Civil Veterinary Dept. Bombay admin report 1932-41 - 1932-1941
Year: 1932
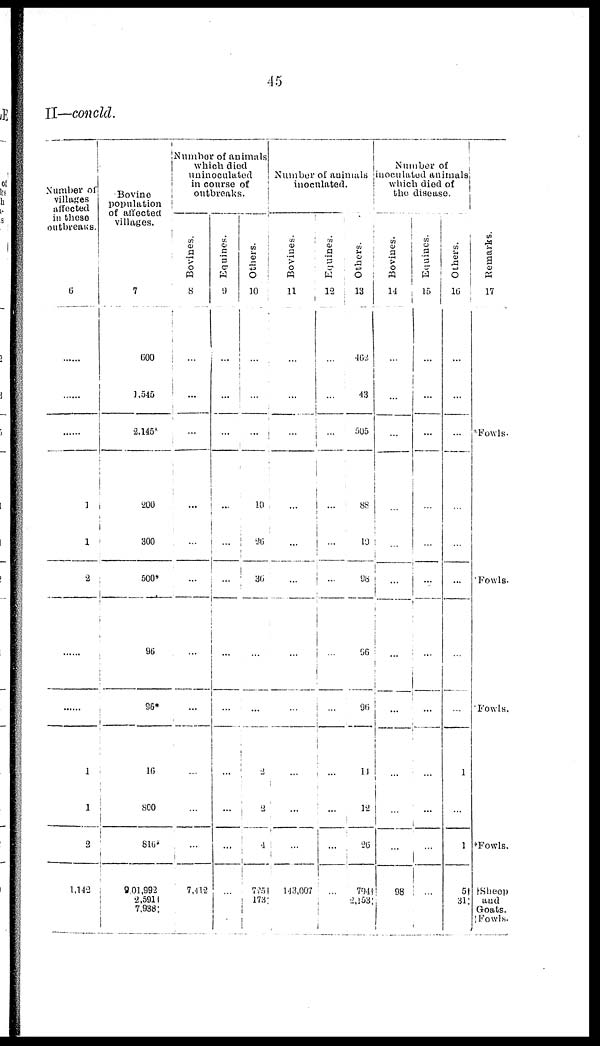
45
II—concld.
Number of
villages
affected
in these
outbreaks.
6
......
......
......
1
1
2
......
......
1
1
2
1,142
Bovine
population
of affected
villages.
7
600
1,545
2,145*
200
300
500*
96
96*
16
800
816*
9,01,992
2,591†
7,938‡
Number of animals
which died
uninoculated
in course of
outbreaks.
Bovines.
8
...
...
...
...
...
...
...
...
...
7,412
Equines.
9
...
...
...
...
...
...
...
...
...
...
...
Others.
10
...
...
...
10
26
36
...
...
2
2
...
725
173
Number of anmals
inoculated
Bovines.
11
...
...
...
...
...
...
...
...
...
...
...
143,007
Equines.
12
...
...
...
...
...
...
...
...
...
...
...
...
Others.
13
462
43
505
88
10
98
96
96
11
12
26
794†
2,153‡
Number of
inoculated animals
which died of
the disease.
Bovines.
14
...
...
...
...
...
...
...
...
...
...
...
98
Equines.
15
...
...
...
...
...
...
...
...
...
...
...
...
Others.
16
...
...
...
...
...
...
...
...
1
...
1
5†
31‡
Remarks.
17
*Fowls.
Fowls.
Fowls.
*Fowls.
†Sheep
and
Goats.
‡ Fowls.